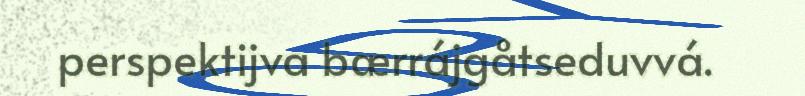
perspektijva bærrájgåtseduvvá.